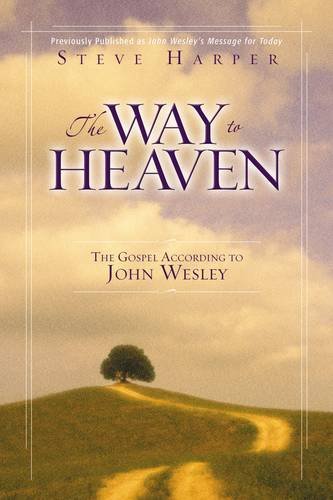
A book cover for The Way to Heaven: The Gospel According to John Wesley; Steve Harper; Christian Books & Bibles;